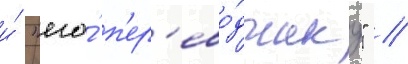
и́ "его́ п'ер'ево́дчику" //